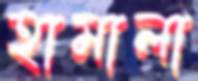
হামালা